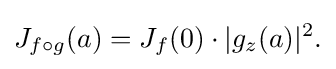
\displaystyle {J_{f\circ g}(a)=J_{f}(0)\cdot |g_{z}(a)|^{2}.}